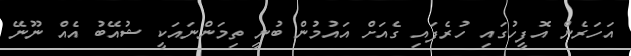
އަހަރެން އޮފީހުގައި ހުރެފައި ގެއަށް އައުމުން ބުނީ ތިމަންނައަކީ ޝުއޭބު އެއް ނޫނޭ